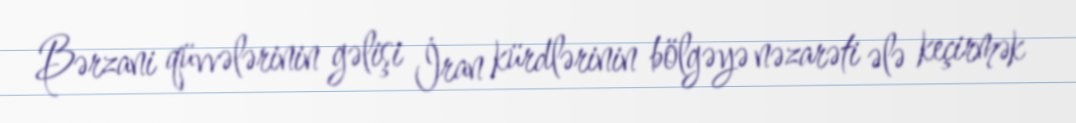
Bərzani qüvvələrinin gəlişi İran kürdlərinin bölgəyə nəzarəti ələ keçirmək